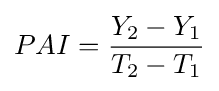
PAI={\frac {Y_{2}-Y_{1}}{T_{2}-T_{1}}}